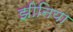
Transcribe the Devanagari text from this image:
झीनिया